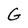
Character: G